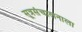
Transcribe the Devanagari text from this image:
सूत्रसंचालनाला